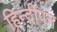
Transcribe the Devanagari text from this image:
हिन्दीपन